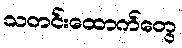
သတင်းထောက်တွေ